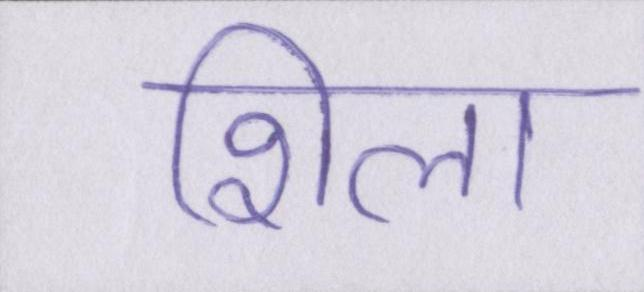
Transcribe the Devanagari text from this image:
शिला